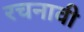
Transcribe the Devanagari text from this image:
रचनावी